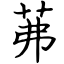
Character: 茀